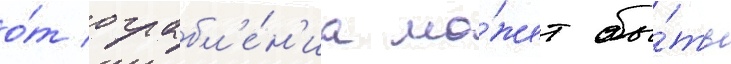
о́т ограбл'е́н'иа мо́жет бы́ть